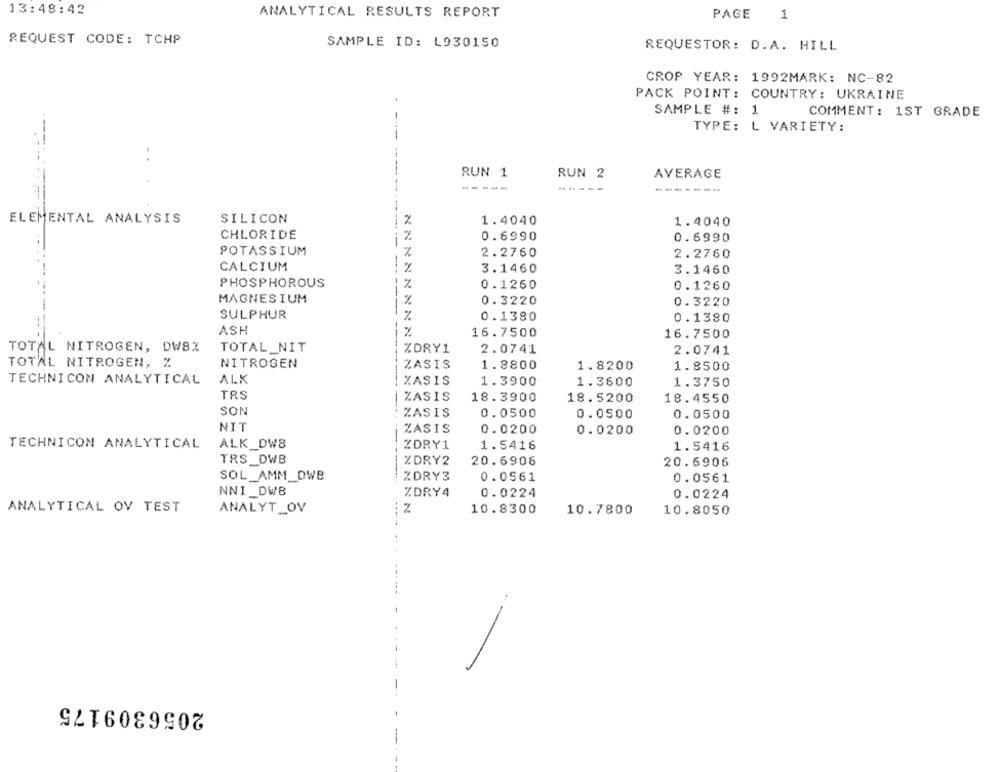
13:48:42
ANALYTICAL RESULTS REPORT
PAGE 1
REQUEST CODE: TCHP
SAMPLE ID: L930150
REQUESTOR: D.A. HILL
CROP YEAR: 1992MARK: NC-82
PACK POINT: COUNTRY: UKRAINE
SAMPLE #: 1
COMMENT: 1ST GRADE
TYPE: L VARIETY:
-.
RUN 1
RUN 2
AVERAGE
-----
-------
ELEMENTAL ANALYSIS
SILICON
1.4040
1.4040
CHLORIDE
0.6990
0.6990
POTASSIUM
2.2760
2.2760
CALCIUM
3.1460
3.1460
PHOSPHOROUS
0.1260
0.1260
MAGNESIUM
%
0.3220
0.3220
SULPHUR
%
0.1380
0.1380
ASH
%
16.7500
16.7500
TOTAL NITROGEN, DW8%
TOTAL NIT
------
%DRY1
2.0741
2.0741
TOTAL NITROGEN, %
NITROGEN
ZASIS
1.8800
1.8200
1.8500
TECHNICON ANALYTICAL
ALK
%ASIS
1.3900
1.3600
1.3750
TRS
ZASIŞ
18.3900
18.5200
18.4550
SON
ZASIS
0.0500
0.0500
0.0500
NIT
ZASIS
0.0200
0.0200
0.0200
TECHNICON ANALYTICAL
ALK DW8
%DRY1
1.5416
1.5416
TRS DWB
--
%DRY2
20.6906
20.6906
SOL AMM_OWB
%DRY3
0.0561
0.0561
NNI DWB
ZDRY4
0.0224
0.0224
ANALYTICAL OV TEST
10.8300
ANALYT_OV
10.7800
10.8050
2056309175